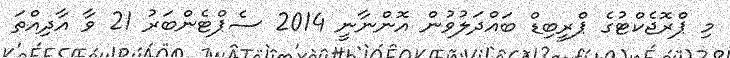
މި ޕްރޮޖެކްޓުގެ ޕްރީބިޑް ބައްދަލުވުން އޮންނާނީ 2014 ސެޕްޓެންބަރު 21 ވާ އާދިއްތަ